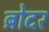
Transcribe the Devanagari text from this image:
ब्रोदर